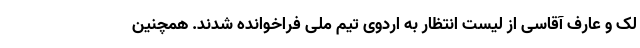
لک و عارف آقاسی از لیست انتظار به اردوی تیم ملی فراخوانده شدند. همچنین